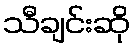
သီချင်းဆို